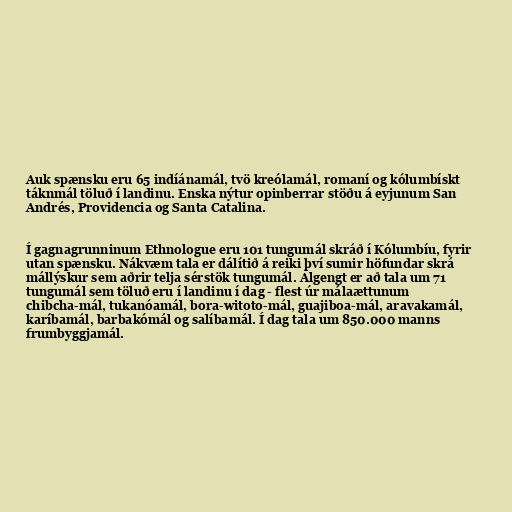
Auk spænsku eru 65 indíánamál, tvö kreólamál, romaní og kólumbískt
táknmál töluð í landinu. Enska nýtur opinberrar stöðu á eyjunum San
Andrés, Providencia og Santa Catalina.

Í gagnagrunninum Ethnologue eru 101 tungumál skráð í Kólumbíu, fyrir
utan spænsku. Nákvæm tala er dálítið á reiki því sumir höfundar skrá
mállýskur sem aðrir telja sérstök tungumál. Algengt er að tala um 71
tungumál sem töluð eru í landinu í dag - flest úr málaættunum
chibcha-mál, tukanóamál, bora-witoto-mál, guajiboa-mál, aravakamál,
karíbamál, barbakómál og salíbamál. Í dag tala um 850.000 manns
frumbyggjamál.